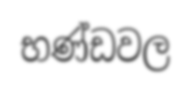
භණ්ඩවල